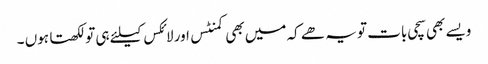
ویسے بھی سچی بات تو یہ ھے کہ میں بھی کمنٹس اور لائکس کیلئے ہی تو لکھتا ہوں ۔